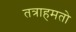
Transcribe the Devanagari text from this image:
तत्राहमतो